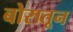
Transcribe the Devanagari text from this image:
बोरातून